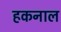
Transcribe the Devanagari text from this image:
हकनाल